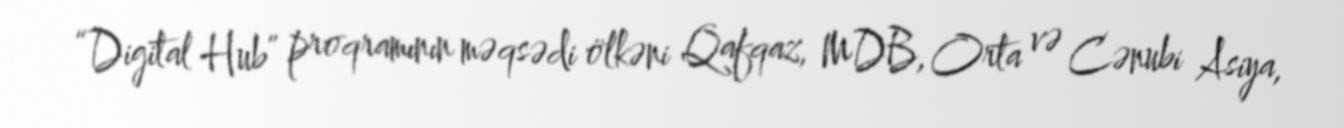
“Digital Hub” proqramının məqsədi ölkəni Qafqaz, MDB, Orta və Cənubi Asiya,